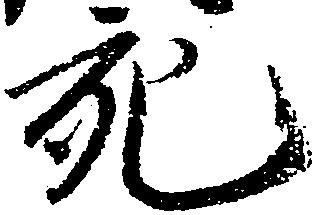
充